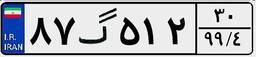
۸۷گ۵۱۲۳۰